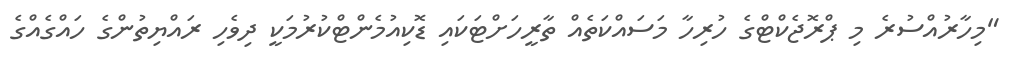
"މިހާރުއްސުރެ މި ޕްރޮޖެކްޓްގެ ހުރިހާ މަސައްކަތެއް ތާރީހަށްޓަކައި ޑޮކިއުމެންޓްކުރުމަކީ ދިވެހި ރައްޔިތުންގެ ހައްގެއްގެ